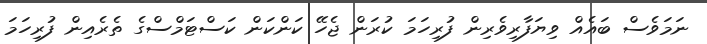
ނަމަވެސް ބައެއް ވިޔަފާރިވެރިން ފުރިހަމަ ކުރަން ޖެހޭ ކަންކަން ކަސްޓަމްސްގެ ތެރެއިން ފުރިހަަމަ